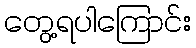
တွေ့ရပါကြောင်း